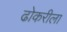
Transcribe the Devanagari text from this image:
ढोकरीला